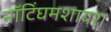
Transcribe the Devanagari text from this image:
नॉटिंघमशायर।